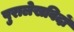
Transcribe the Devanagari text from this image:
पुरालेखविदों